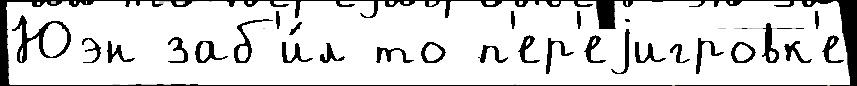
Юэн заб'и́л то п'ер'еjигровк'е